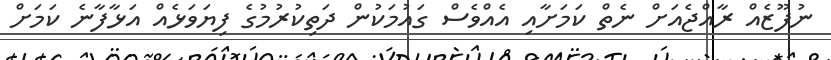
ނުފޫޒެއް ރާއްޖެއަށް ނެތް ކަމަށާއި އެއްވެސް ގައުމަކުން ދަތިކުރުމުގެ ފިޔަވަޅެއް އަޅާފާނެ ކަމަށް